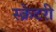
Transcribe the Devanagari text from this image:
स्क्रेटरी